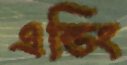
এন্ডিং